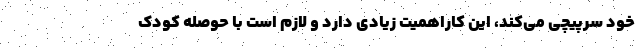
خود سرپیچی می‌کند، این کاراهمیت زیادی دارد و لازم است با حوصله کودک